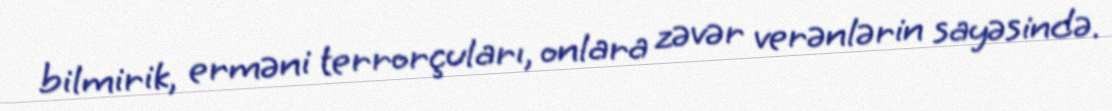
bilmirik, erməni terrorçuları, onlara zəvər verənlərin sayəsində.